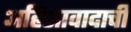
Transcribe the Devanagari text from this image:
अहिंसावादाची